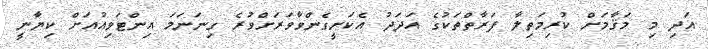
އަދި މި މަޤާމަށް ކުރިމަތިލާ ފަރާތްތަކުގެ އަދަދު އެކަށީގެންވާވަރަށްވުރެ ގިނަނަމަ އިންޓަވިއުއަށް ކިޔާނީ